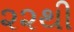
૨૨થી